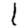
Digit: 1